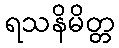
ရသနိမိတ္တ